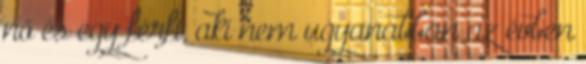
nő és egy férfi, aki nem ugyanabban az évben